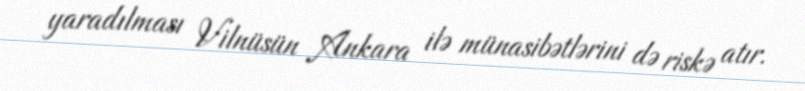
yaradılması Vilnüsün Ankara ilə münasibətlərini də riskə atır.